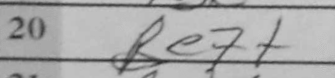
Transcription: Be7+